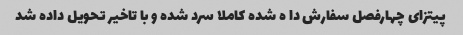
پیتزای چهارفصل سفارش دا ه شده کاملا سرد شده و با تاخیر تحویل داده شد